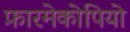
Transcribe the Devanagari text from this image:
फ़ारमेकोपियो